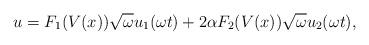
LaTeX: \begin{align*} u=F_1(V(x))\sqrt\omega u_1(\omega t)+ 2\alpha F_2(V(x))\sqrt\omega u_2(\omega t),\end{align*}